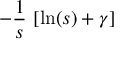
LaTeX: - { \frac { 1 } { s } } \, \left[ \ln ( s ) + \gamma \right]